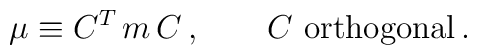
\mu \equiv C^T \, m \, C\,,\qquad C \ \mbox{orthogonal}\,.